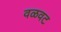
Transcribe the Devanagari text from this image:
वळवट